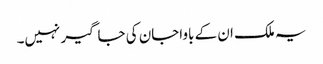
یہ ملک ان کے باواجان کی جاگیر نہیں۔